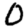
Digit: 0